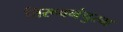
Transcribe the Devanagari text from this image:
तिरूवनंपुरम